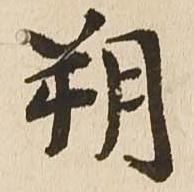
朔